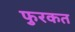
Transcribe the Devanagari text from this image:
फुरकत